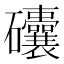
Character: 𥗾